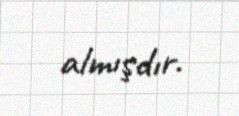
almışdır.